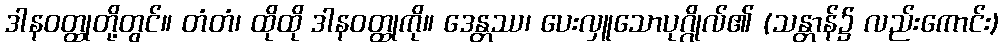
ဒါနဝတ္ထုတို့တွင်။ တံတံ၊ ထိုထို ဒါနဝတ္ထုကို။ ဒေန္တဿ၊ ပေးလှူသောပုဂ္ဂိုလ်၏ (သန္တာန်၌ လည်းကောင်း)